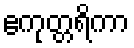
ဧကုတ္တရိကာ